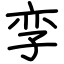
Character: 孪